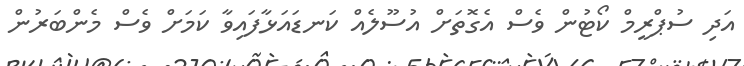
އަދި ސުޕްރީމް ކޯޓުން ވެސް އެގޮތަށް އުސޫލެއް ކަނޑައަޅާފައިވާ ކަމަށް ވެސް މެންބަރުން